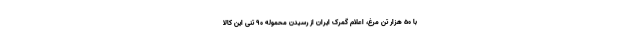
با ۵۰ هزار تن مرغ، اعلام گمرک ایران از رسیدن محموله ۹۰ تنی این کالا